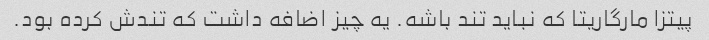
پیتزا مارگاریتا که نباید تند باشه. یه چیز اضافه داشت که تندش کرده بود.